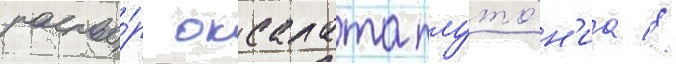
раство́р оксалата плуто́н'иа //